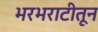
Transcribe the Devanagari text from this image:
भरभराटीतून